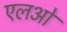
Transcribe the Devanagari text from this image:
एलओ